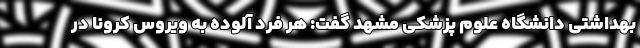
بهداشتی دانشگاه علوم پزشکی مشهد گفت: هر فرد آلوده به ویروس کرونا در